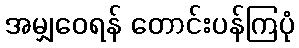
အမျှဝေရန် တောင်းပန်ကြပုံ